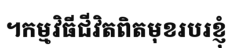
។កម្មវិធីជីវិតពិតមុខរបរខ្ញុំ